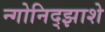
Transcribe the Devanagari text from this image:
न्गोनिद्झाशे